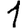
Digit: 1